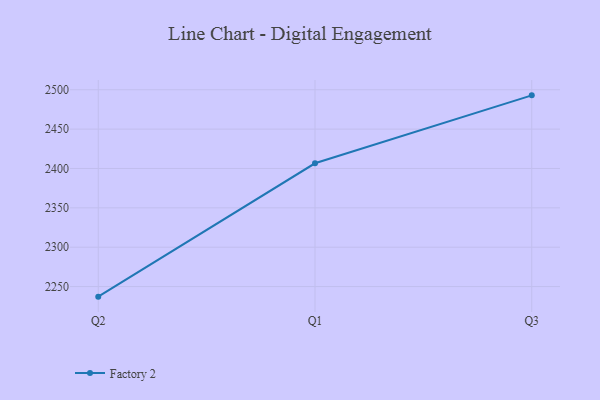
{"axis": {"x": "Quarter", "y": "Demand Index"}, "legend": ["Factory 2"], "data": [{"x": "Q2", "y": 2237.2, "type": "Factory 2"}, {"x": "Q1", "y": 2406.6, "type": "Factory 2"}, {"x": "Q3", "y": 2492.9, "type": "Factory 2"}]}